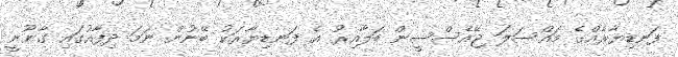
ފަނޑިޔާރެއްގެ މައްސަލަ ޖޭއެސްސީން ބަލާއިރު އެ ފަނޑިޔާރަކު ބޭނުން ނަމަ ދިފާއުގައި ގާނޫނީ